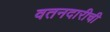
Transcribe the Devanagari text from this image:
वतनदारीची